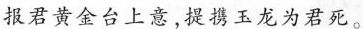
报君黄金台上意，提携玉龙为君死。